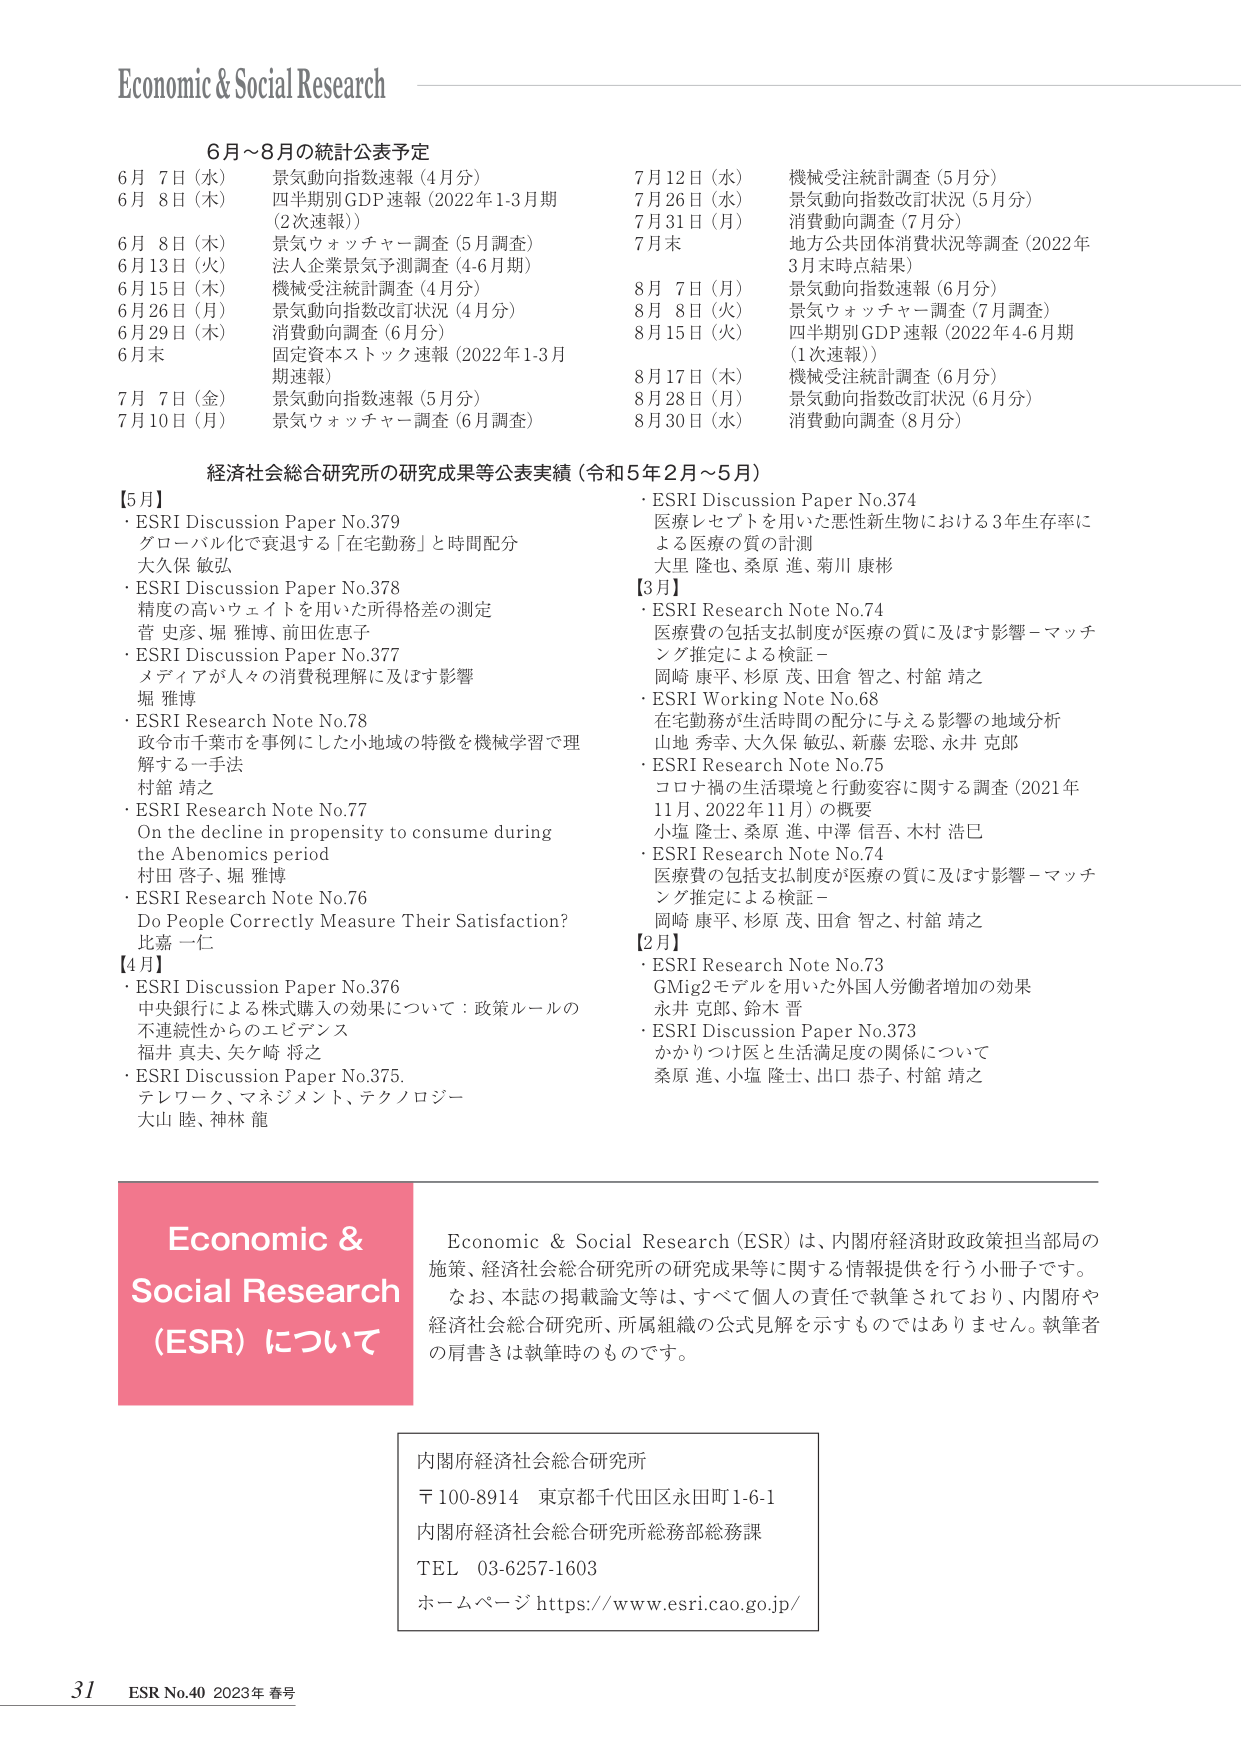
Economic & Social Research

6月～8月の統計公表予定
6月 7日（水） 景気動向指数速報（4月分）
6月 8日（木） 四半期別GDP速報（2022年1-3月期
（2次速報））
6月 8日（木） 景気ウォッチャー調査（5月調査）
6月13日（火） 法人企業景気予測調査（4-6月期）
6月15日（木） 機械受注統計調査（4月分）
6月26日（月） 景気動向指数改訂状況（4月分）
6月29日（木） 消費動向調査（6月分）
6月末 固定資本ストック速報（2022年1-3月
期速報）
7月 7日（金） 景気動向指数速報（5月分）
7月10日（月） 景気ウォッチャー調査（6月調査）
7月12日（水） 機械受注統計調査（5月分）
7月26日（水） 景気動向指数改訂状況（5月分）
7月31日（月） 消費動向調査（7月分）
7月末 地方公共団体消費状況等調査（2022年
3月末時点結果）
8月 7日（月） 景気動向指数速報（6月分）
8月 8日（火） 景気ウォッチャー調査（7月調査）
8月15日（火） 四半期別GDP速報（2022年4-6月期
（1次速報））
8月17日（木） 機械受注統計調査（6月分）
8月28日（月） 景気動向指数改訂状況（6月分）
8月30日（水） 消費動向調査（8月分）

経済社会総合研究所の研究成果等公表実績（令和5年2月～5月）
【5月】
・ESRI Discussion Paper No.379
グローバル化で衰退する「在宅勤務」と時間配分
大久保 敏弘
・ESRI Discussion Paper No.378
精度の高いウェイトを用いた所得格差の測定
菅 史彦、堀 雅博、前田佐恵子
・ESRI Discussion Paper No.377
メディアが人々の消費税理解に及ぼす影響
堀 雅博
・ESRI Research Note No.78
政令市千葉市を事例にした小地域の特徴を機械学習で理
解する一手法
村舘 靖之
・ESRI Research Note No.77
On the decline in propensity to consume during
the Abenomics period
村田 啓子、堀 雅博
・ESRI Research Note No.76
Do People Correctly Measure Their Satisfaction?
比嘉 一仁
【4月】
・ESRI Discussion Paper No.376
中央銀行による株式購入の効果について：政策ルールの
不連続性からのエビデンス
福井 真夫、矢ヶ崎 将之
・ESRI Discussion Paper No.375
テレワーク、マネジメント、テクノロジー
大山 陸、神林 龍
・ESRI Discussion Paper No.374
医療レセプトを用いた悪性新生物における3年生存率に
よる医療の質の計測
大里 隆也、桑原 進、菊川 康彬
【3月】
・ESRI Research Note No.74
医療費の包括支払制度が医療の質に及ぼす影響－マッチ
ング推定による検証－
岡崎 康平、杉原 茂、田倉 智之、村舘 靖之
・ESRI Working Note No.68
在宅勤務が生活時間の配分に与える影響の地域分析
山地 秀幸、大久保 敏弘、新藤 宏聡、永井 克郎
・ESRI Research Note No.75
コロナ禍の生活環境と行動変容に関する調査（2021年
11月、2022年11月）の概要
小塩 隆士、桑原 進、中澤 信吾、木村 浩巳
・ESRI Research Note No.74
医療費の包括支払制度が医療の質に及ぼす影響－マッチ
ング推定による検証－
岡崎 康平、杉原 茂、田倉 智之、村舘 靖之
【2月】
・ESRI Research Note No.73
GMig2モデルを用いた外国人労働者増加の効果
永井 克郎、鈴木 晋
・ESRI Discussion Paper No.373
かかりつけ医と生活満足度の関係について
桑原 進、小塩 隆士、出口 恭子、村舘 靖之

Economic & Social Research (ESR) について
Economic & Social Research (ESR) は、内閣府経済財政政策担当部局の
施策、経済社会総合研究所の研究成果等に関する情報提供を行う小冊子です。
なお、本誌の掲載論文等は、すべて個人の責任で執筆されており、内閣府や
経済社会総合研究所、所属組織の公式見解を示すものではありません。執筆者
の肩書きは執筆時のものです。

内閣府経済社会総合研究所
〒100-8914 東京都千代田区永田町1-6-1
内閣府経済社会総合研究所総務部総務課
TEL 03-6257-1603
ホームページ https://www.esri.cao.go.jp/

31 ESR No.40 2023年 春号